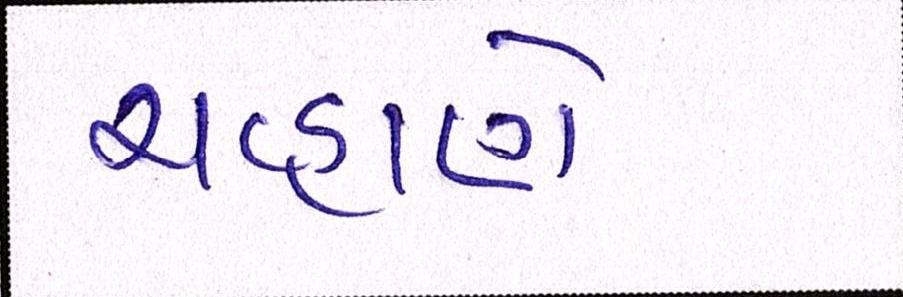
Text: ચવ્હાણે